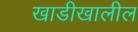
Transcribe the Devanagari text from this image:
खाडीखालील